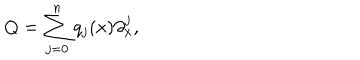
LaTeX: Q = \sum _ { j = 0 } ^ { n } q _ { j } ( x ) \partial _ { x } ^ { j } ,